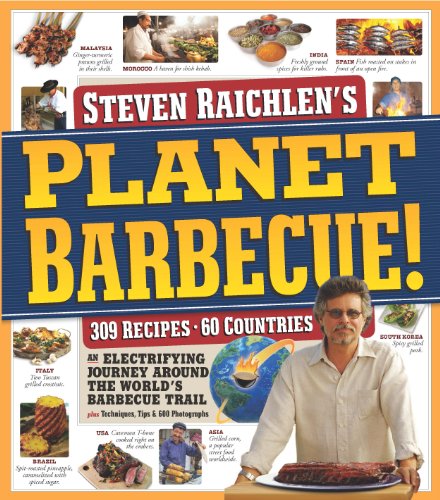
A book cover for Planet Barbecue!; Steven Raichlen; Cookbooks, Food & Wine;